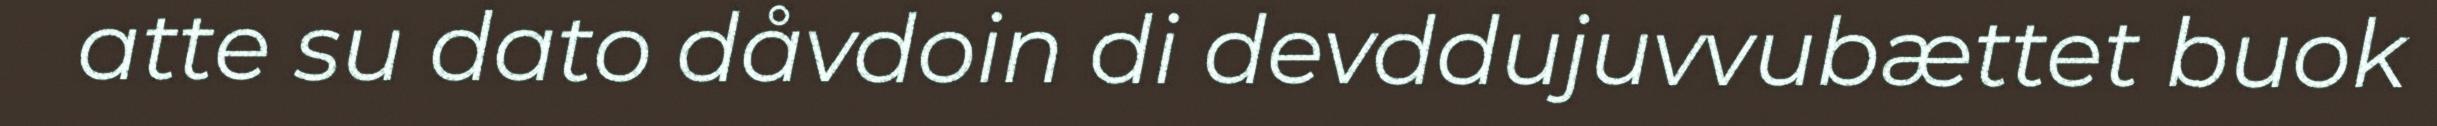
atte su dato dåvdoin di devddujuvvubættet buok